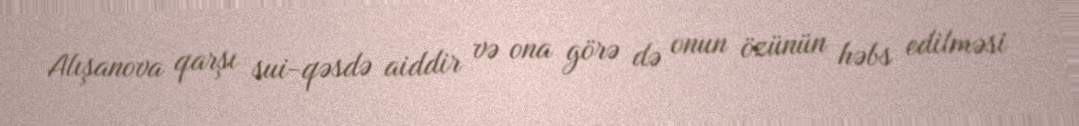
Alışanova qarşı sui-qəsdə aiddir və ona görə də onun özünün həbs edilməsi